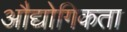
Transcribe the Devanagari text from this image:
औद्योगिकता